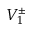
V _ { 1 } ^ { \pm }